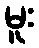
မူး